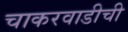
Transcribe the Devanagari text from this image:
चाकरवाडीची